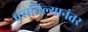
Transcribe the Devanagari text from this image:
बसविल्यानंतर